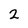
Character: 2